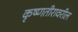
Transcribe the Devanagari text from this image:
कृष्णतीरावरील